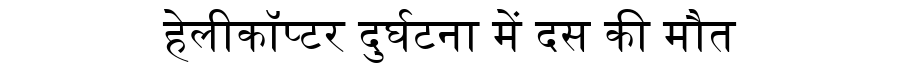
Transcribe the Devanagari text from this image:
हेलीकॉप्टर दुर्घटना में दस की मौत